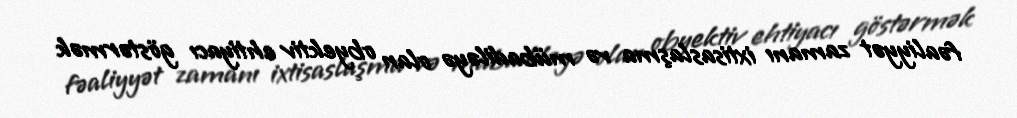
fəaliyyət zamanı ixtisaslaşma və mübadiləyə olan obyektiv ehtiyacı göstərmək